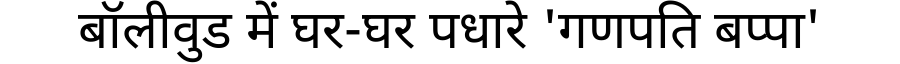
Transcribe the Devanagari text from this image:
बॉलीवुड में घर-घर पधारे 'गणपति बप्पा'